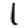
Digit: 1